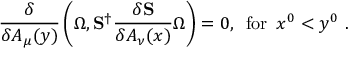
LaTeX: \frac { \delta } { \delta A _ { \mu } ( y ) } \left( \Omega , { \bf S } ^ { \dagger } \frac { \delta { \bf S } } { \delta A _ { \nu } ( x ) } \Omega \right) = 0 , \, \, \, \mathrm { f o r } \, \, \, x ^ { 0 } < y ^ { 0 } \, \, .